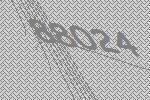
88024